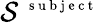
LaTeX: \mathcal S^{\mathrm{~\scriptsize~s~u~b~j~e~c~t~}}